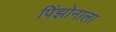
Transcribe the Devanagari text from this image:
पिंझोनाला